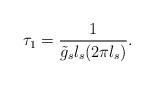
LaTeX: \begin{align*}\tau_1 = \frac{1}{\tilde g_s l_s (2\pi l_s)} .\end{align*}